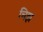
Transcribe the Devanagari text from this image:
चिझ